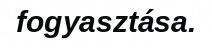
fogyasztása.